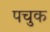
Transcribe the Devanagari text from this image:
पचुक